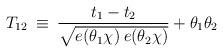
LaTeX: \begin{align*}T_{12} \> \equiv \> \frac{t_1 - t_2}{\sqrt{ e(\theta_1 \chi)\> e(\theta_2 \chi)}} + \theta_1 \theta_2\end{align*}